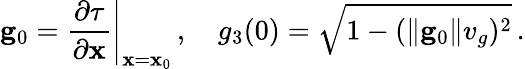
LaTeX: {\mathbf g}_{0}=\left.\frac{\partial\tau}{\partial{\mathbf x}}\right|_{{\mathbf x}={\mathbf x}_{0}}\, ,\quad g_{3}(0)=\sqrt{1-(\| {\mathbf g}_{0}\| v_{g})^{2}}\, .